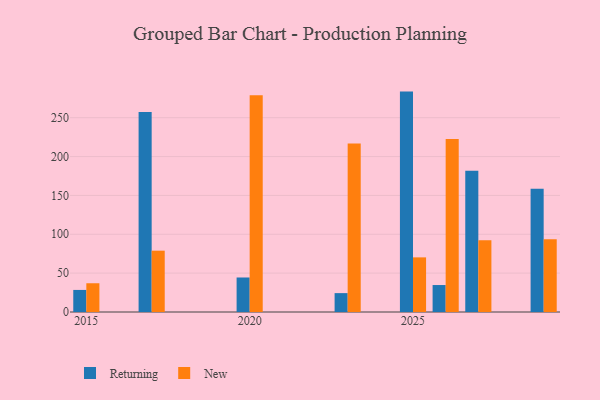
{"axis": {"x": "Year", "y": "Satisfaction Score"}, "legend": ["New", "Returning"], "data": [{"x": "2017", "y": 257.3, "type": "Returning"}, {"x": "2017", "y": 78.9, "type": "New"}, {"x": "2025", "y": 283.6, "type": "Returning"}, {"x": "2025", "y": 70.3, "type": "New"}, {"x": "2015", "y": 28.4, "type": "Returning"}, {"x": "2015", "y": 37.0, "type": "New"}, {"x": "2029", "y": 158.5, "type": "Returning"}, {"x": "2029", "y": 93.7, "type": "New"}, {"x": "2026", "y": 34.7, "type": "Returning"}, {"x": "2026", "y": 222.6, "type": "New"}, {"x": "2023", "y": 24.3, "type": "Returning"}, {"x": "2023", "y": 216.8, "type": "New"}, {"x": "2027", "y": 181.8, "type": "Returning"}, {"x": "2027", "y": 92.4, "type": "New"}, {"x": "2020", "y": 44.4, "type": "Returning"}, {"x": "2020", "y": 279.0, "type": "New"}]}